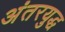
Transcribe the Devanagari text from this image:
अंतरयुद्ध